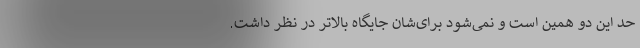
حد این دو همین است و نمی‌شود برای‌شان جایگاه‌ بالاتر در نظر داشت.